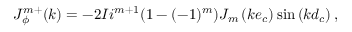
J _ { \phi } ^ { m + } ( k ) = - 2 I i ^ { m + 1 } ( 1 - ( - 1 ) ^ { m } ) J _ { m } \left( k e _ { c } \right) \sin \left( k d _ { c } \right) ,